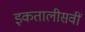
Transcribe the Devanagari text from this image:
इकतालीसवीं